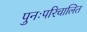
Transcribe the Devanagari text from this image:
पुनःपरिचालित